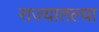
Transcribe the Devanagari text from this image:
राज्‍यातल्‍या